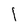
Character: 1